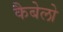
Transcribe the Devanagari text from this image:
कैबेलो